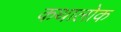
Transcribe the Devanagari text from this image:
कथालोक